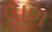
લાળ